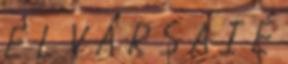
E L V Á R S A I É